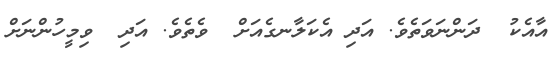
އާއެކު  ދަންނަވަތެވެ. އަދި އެކަލާނގެއަށް  ވެތެވެ. އަދި  ވިމީހުންނަށް